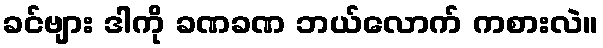
ခင်ဗျား ဒါကို ခဏခဏ ဘယ်လောက် ကစားလဲ။